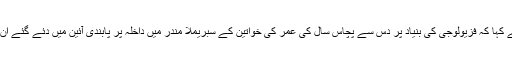
ایک کی اکثریت سے فیصلہ سناتے ہوئے کہا کہ فزیولوجی کی بنیاد پر دس سے پچاس سال کی عمر کی خواتین کے سبریملا مندر میں داخلہ پر پابندی آئین میں دئے گئے ان کے بنیادی حقوق کی خلاف ورزی ہے۔